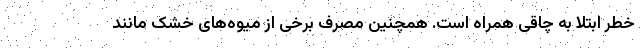
خطر ابتلا به چاقی همراه است. همچنین مصرف برخی از میوه‌های خشک مانند